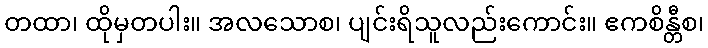
တထာ၊ ထိုမှတပါး။ အလသောစ၊ ပျင်းရိသူလည်းကောင်း။ ဧကစိန္တီစ၊